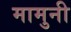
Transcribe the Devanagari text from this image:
मामुनी